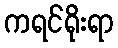
ကရင်ရိုးရာ